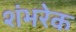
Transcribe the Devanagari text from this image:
शंभरेक